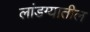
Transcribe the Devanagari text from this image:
लांडग्यातील